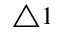
\triangle 1